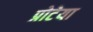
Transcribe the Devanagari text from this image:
प्रोटेया